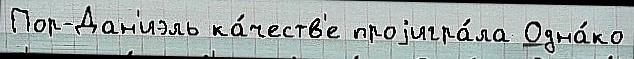
Пор-Дан'иэль ка́честв'е проjигра́ла Одна́ко